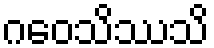
ဂဝေသိဿသိ